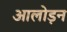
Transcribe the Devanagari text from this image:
आलोड़न